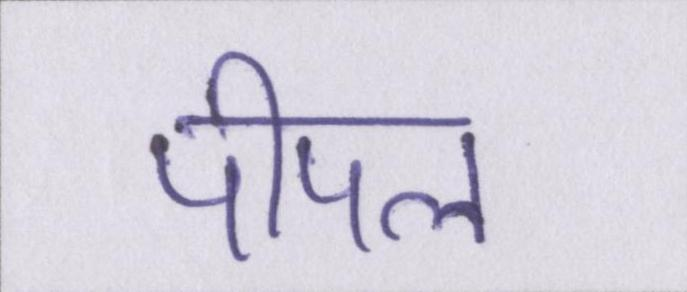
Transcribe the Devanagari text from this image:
पीपल